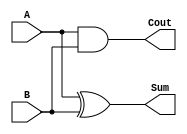


module HalfAdd(Cout, Sum, A, B);

input A,B;
output Cout,Sum;

xor xor1(Sum, A, B);
and and1(Cout, A, B);



endmodule